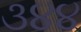
૩૪૪